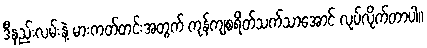
ဒီနည်းလမ်းနဲ့ မားကတ်တင်းအတွက် ကုန်ကျစရိတ်သက်သာအောင် လုပ်လိုက်တာပါ။